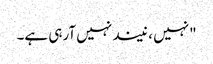
"نہیں ، نیند نہیں آرہی ہے۔